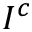
I ^ { c }